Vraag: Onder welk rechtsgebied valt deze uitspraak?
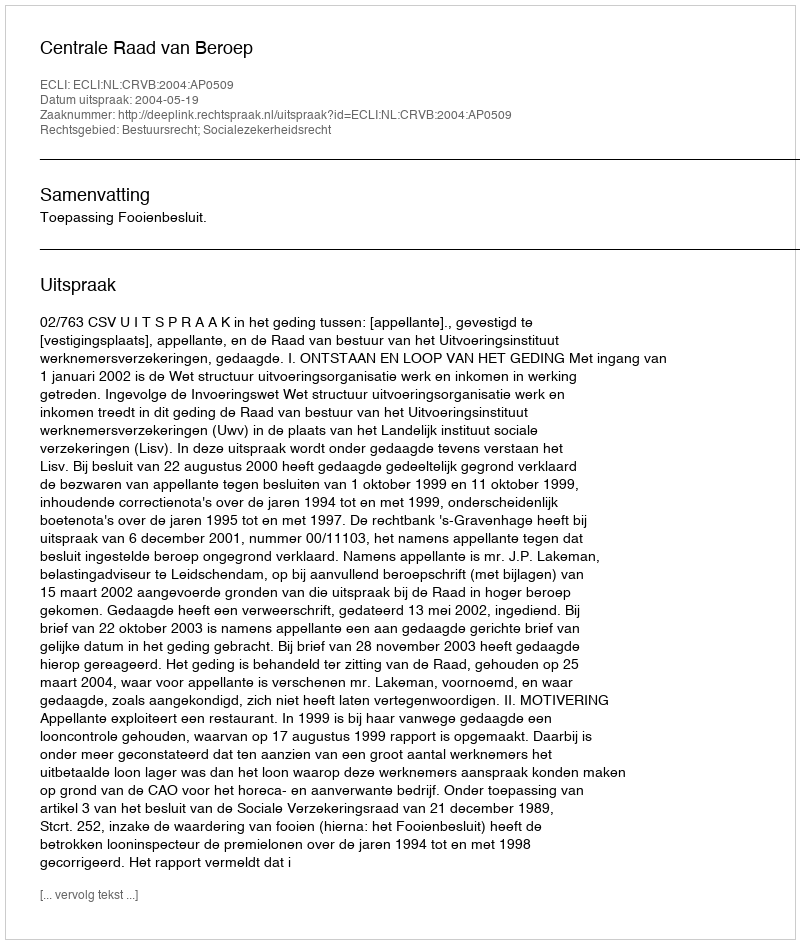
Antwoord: Bestuursrecht; Socialezekerheidsrecht